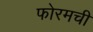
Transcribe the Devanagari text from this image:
फोरमची